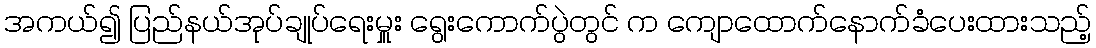
အကယ်၍ ပြည်နယ်အုပ်ချုပ်ရေးမှူး ရွေးကောက်ပွဲတွင် က ကျောထောက်နောက်ခံပေးထားသည့်